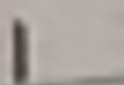
1